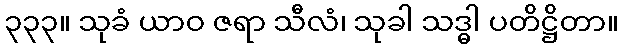
၃၃၃။ သုခံ ယာဝ ဇရာ သီလံ၊ သုခါ သဒ္ဓါ ပတိဋ္ဌိတာ။